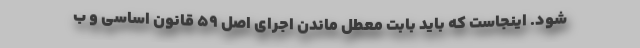
شود. اینجاست که باید بابت معطل ماندن اجرای اصل 59 قانون اساسی و ب